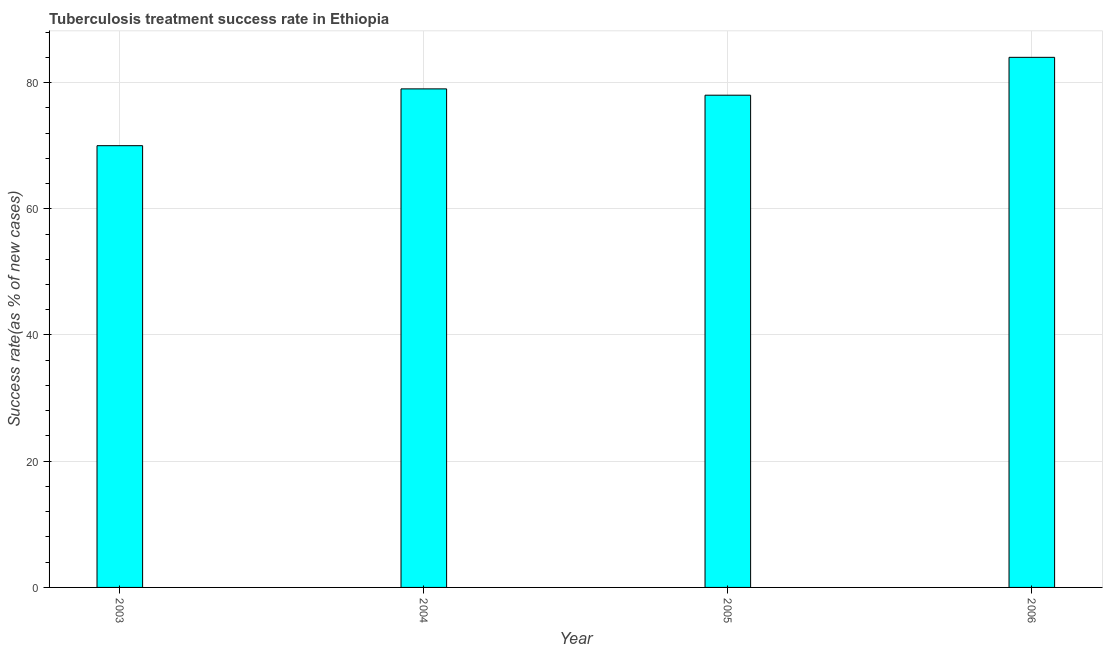
| Year | Tuberculosis treatment success rate |
 | --- | --- |
 | 2003 | 70 |
 | 2004 | 79 |
 | 2005 | 78 |
 | 2006 | 84 |